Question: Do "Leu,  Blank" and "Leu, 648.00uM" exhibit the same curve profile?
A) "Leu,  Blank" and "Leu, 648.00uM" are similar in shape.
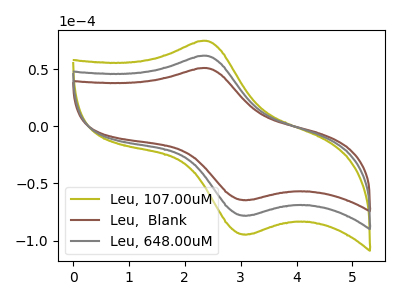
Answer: <think>The olive curve "Leu, 107.00uM" has an anodic peak at (2.35V, 123.70uA) and a cathodic peak at (3.15V, -156.10uA). The brown curve "Leu,  Blank" has an anodic peak at (2.35V, 51.05uA) and a cathodic peak at (3.15V, -64.45uA). The gray curve "Leu, 648.00uM" has an anodic peak at (2.35V, 61.85uA) and a cathodic peak at (3.15V, -78.05uA).
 All the peaks in "Leu,  Blank" have a peak in "Leu, 648.00uM" at the same potential. Every peak in "Leu,  Blank" is lower than every peak in "Leu, 648.00uM".</think>
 <answer>A) "Leu,  Blank" and "Leu, 648.00uM" are similar in shape.</answer>
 <eval>A</eval>